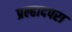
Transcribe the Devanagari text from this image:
प्रल्हादपरा